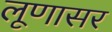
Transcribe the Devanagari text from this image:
लूणासर